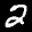
Label: 2